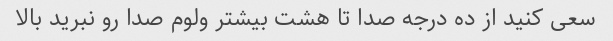
سعی کنید از ده درجه صدا تا هشت بیشتر ولوم صدا رو نبرید بالا